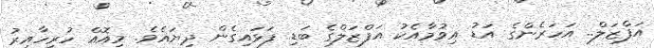
އަފްޒަލް.. އަހަރެންގެ އަޑު އިވުމާއެކު އަފްޒަލްގެ ބަޑި ފަޅައިގެން ދިޔައެވެ. މިއޮއް ހުރިހާއިރު